Report of the Indian Hemp Drugs Commission, 1894-1895 - Volume IV
Year: 1894
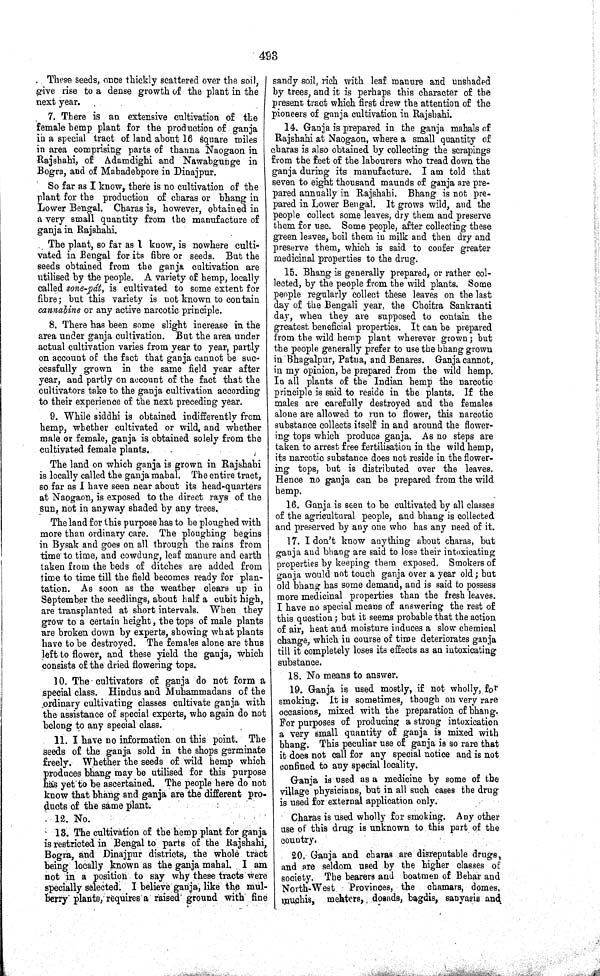
493
These seeds, once thickly scattered over the soil,
give rise to a dense growth of the plant in the
next year.
7. There is an extensive cultivation of the
female hemp plant for the production of ganja
in a special tract of land about 16 square miles
in area comprising parts of thanna Naogaon in
Rajshahi, of Adamdighi and Nawabgunge in
Bogra, and of Mahadebpore in Dinajpur.
So far as I know, there is no cultivation of the
plant for the production of charas or bhang in
Lower Bengal. Charas is, however, obtained in
a very small quantity from the manufacture of
ganja in Rajshahi.
The plant, so far as I know, is nowhere culti-
vated in Bengal for its fibre or seeds. But the
seeds obtained from the ganja cultivation are
utilised by the people. A variety of hemp, locally
called sone-pát, is cultivated to some extent for
fibre; but this variety is not known to contain
cannabine or any active narcotic principle.
8. There has been some slight increase in the
area under ganja cultivation. But the area under
actual cultivation varies from year to year, partly
on account of the fact that ganja cannot be suc-
cessfully grown in the same field year after
year, and partly on account of the fact that the
cultivators take to the ganja cultivation according
to their experience of the next preceding year.
9. While siddhi is obtained indifferently from
hemp, whether cultivated or wild, and whether
male or female, ganja is obtained solely from the
cultivated female plants.
The land on which ganja is grown in Rajshahi
is locally called the ganja mahal. The entire tract,
so far as I have seen near about its head-quarters
at Naogaon, is exposed to the direct rays of the
sun, not in anyway shaded by any trees.
The land for this purpose has to be ploughed with
more than ordinary care. The ploughing begins
in Bysak and goes on all through the rains from
time to time, and cowdung, leaf manure and earth
taken from the beds of ditches are added from
time to time till the field becomes ready for plan-
tation. As soon as the weather clears up in
September the seedlings, about half a cubit high,
are transplanted at short intervals. When they
grow to a certain height, the tops of male plants
are broken down by experts, showing what plants
have to be destroyed. The females alone are thus
left to flower, and these yield the ganja, which
consists of the dried flowering tops.
10. The cultivators of ganja do not form a
special class. Hindus and Muhammadans of the
ordinary cultivating classes cultivate ganja with
the assistance of special experts, who again do not
belong to any special class.
11. I have no information on this point. The
seeds of the ganja sold in the shops germinate
freely. Whether the seeds of wild hemp which
produces bhang may be utilised for this purpose
has yet to be ascertained. The people here do not
know that bhang and ganja are the different pro-
ducts of the same plant.
12. No.
13. The cultivation of the hemp plant for ganja
is restricted in Bengal to parts of the Rajshahi,
Bogra, and Dinajpur districts, the whole tract
being locally known as the ganja mahal. I am
not in a position to say why these tracts were
specially selected. I believe ganja, like the mul-
berry plants, requires a raised ground with fine
sandy soil, rich with leaf manure and unshaded
by trees, and it is perhaps this character of the
present tract which first drew the attention of the
pioneers of ganja cultivation in Rajsbahi.
14. Ganja is prepared in the ganja mahals of
Rajshahi at Naogaon, where a small quantity of
charas is also obtained by collecting the scrapings
from the feet of the labourers who tread down the
ganja during its manufacture. I am told that
seven to eight thousand maunds of ganja are pre-
pared annually in Rajshahi. Bhang is not pre-
pared in Lower Bengal. It grows wild, and the
people collect some leaves, dry them and preserve
them for use. Some people, after collecting these
green leaves, boil them in milk and then dry and
preserve them, which is said to confer greater
medicinal properties to the drug.
15. Bhang is generally prepared, or rather col-
lected, by the people from the wild plants. Some
people regularly collect these leaves on the last
day of the Bengali year, the Choitra Sankranti
day, when they are supposed to contain the
greatest beneficial properties. It can be prepared
from the wild hemp plant wherever grown; but
the people generally prefer to use the bhang grown
in Bhagalpur, Patna, and Benares. Ganja cannot,
in my opinion, be prepared from the wild hemp.
In all plants of the Indian hemp the narcotic
principle is said to reside in the plants. If the
males are carefully destroyed and the females
alone are allowed to run to flower, this narcotic
substance collects itself in and around the flower-
ing tops which produce ganja. As no steps are
taken to arrest free fertilisation in the wild hemp,
its narcotic substance does not reside in the flower-
ing tops, but is distributed over the leaves.
Hence no ganja can be prepared from the wild
hemp.
16. Ganja is seen to be cultivated by all classes
of the agricultural people, and bhang is collected
and preserved by any one who has any need of it.
17. I don't know anything about charas, but
ganja and bhang are said to lose their intoxicating
properties by keeping them exposed. Smokers of
ganja would not touch ganja over a year old; but
old bhang has some demand, and is said to possess
more medicinal properties than the fresh leaves.
I have no special means of answering the rest of
this question; but it seems probable that the action
of air, heat and moisture induces a slow chemical
change, which in course of time deteriorates ganja
till it completely loses its effects as an intoxicating
substance.
18. No means to answer.
19. Ganja is used mostly, if not wholly, for
smoking. It is sometimes, though on very rare
occasions, mixed with the preparation of bhang.
For purposes of producing a strong intoxication
a very small quantity of ganja is mixed with
bhang. This peculiar use of ganja is so rare that
it does not call for any special notice and is not
confined to any special locality.
Ganja is used as a medicine by some of the
village physicians, but in all such cases the drug
is used for external application only.
Charas is used wholly for smoking. Any other
use of this drug is unknown to this part of the
country.
20. Ganja and charas are disreputable drugs
and are seldom used by the higher classes of
society. The bearers and boatmen of Behar and
North-West
Provinces, the chamars, domes,
muchis, mehters, dosads, bagdis, sanyasis and